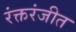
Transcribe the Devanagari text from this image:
रंक्तरंजीत